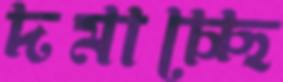
দমাচ্ছে